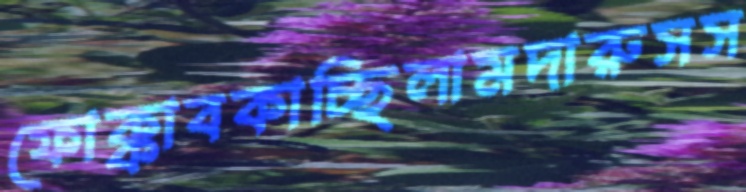
ফোক্কাবকাচ্ছিলামদারুসস